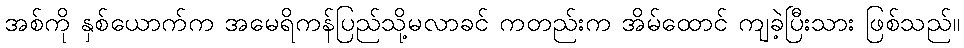
အစ်ကို နှစ်ယောက်က အမေရိကန်ပြည်သို့မလာခင် ကတည်းက အိမ်ထောင် ကျခဲ့ပြီးသား ဖြစ်သည်။